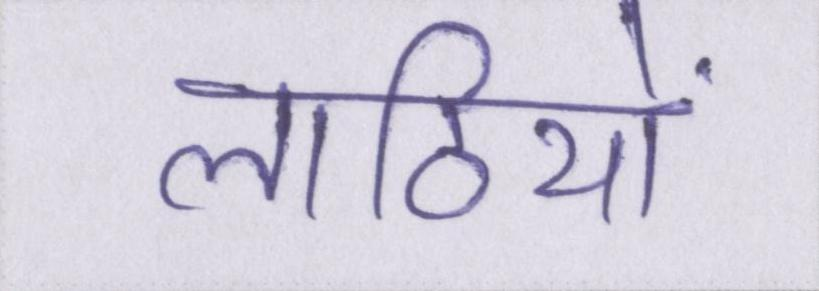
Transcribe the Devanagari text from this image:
लाठियों